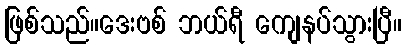
ဖြစ်သည်။ဒေးဗစ် ဘယ်ရီ ကျေနပ်သွားပြီ။